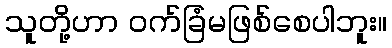
သူတို့ဟာ ဝက်ခြံမဖြစ်စေပါဘူး။